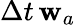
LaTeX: \Delta t{}\, \mathbf{w}_{a}